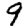
Digit: 9